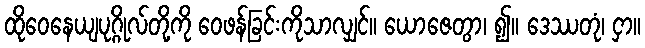
ထိုဝေနေယျပုဂ္ဂိုလ်တို့ကို ဝေဖန်ခြင်းကိုသာလျှင်။ ယောဇေတွာ၊ ၍။ ဒေဿတုံ၊ ငှာ။